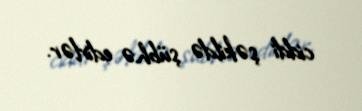
ciddi şəkildə şübhə edirlər.